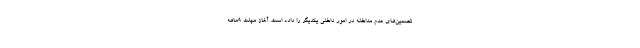
تضمین‌های عدم مداخله در امور داخلی یکدیگر را داده است. آغاز مهلت ۹ماهه